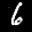
Label: 6